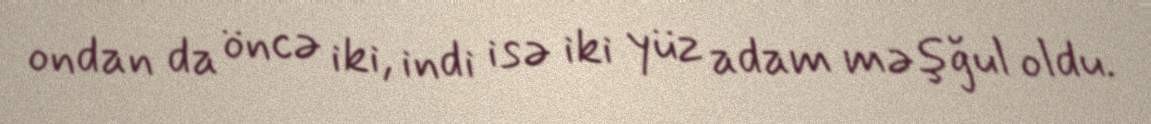
ondan da öncə iki, indi isə iki yüz adam məşğul oldu.